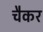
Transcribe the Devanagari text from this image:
चैकर